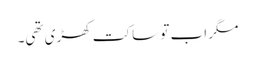
مگر اب تو ساکت کھڑی تھی۔